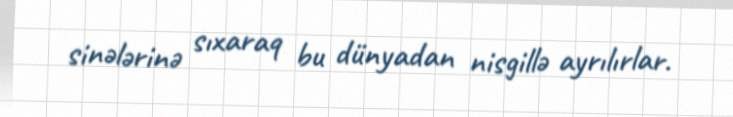
sinələrinə sıxaraq bu dünyadan nisgillə ayrılırlar.